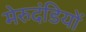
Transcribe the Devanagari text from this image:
मेरुदंडियों